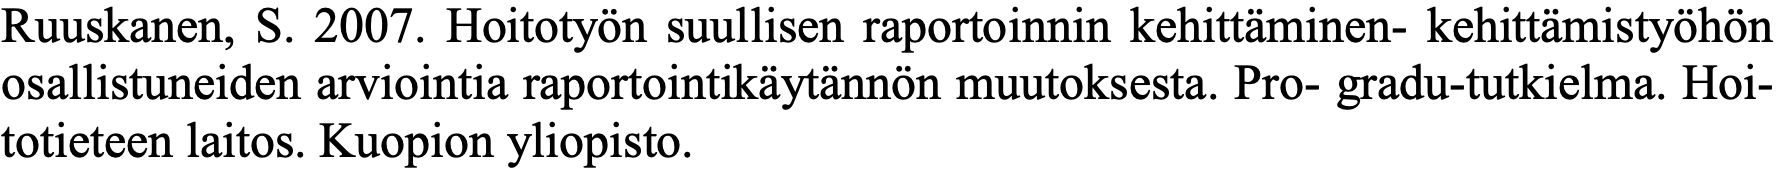
Ruuskanen, S. 2007. Hoitotyön suullisen raportoinnin kehittäminen- kehittämistyöhön osallistuneiden arviointia raportointikäytännön muutoksesta. Pro- gradu-tutkielma. Hoi- totieteen laitos. Kuopion yliopisto.